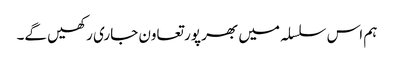
ہم اس سلسلہ میں بھر پور تعاون جاری رکھیں گے۔